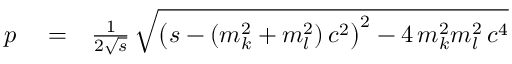
\begin{array} { r l r } { p } & { { } = } & { \frac { 1 } { 2 \sqrt { s } } \, \sqrt { \left( s - ( m _ { k } ^ { 2 } + m _ { l } ^ { 2 } ) \, c ^ { 2 } \right) ^ { 2 } - 4 \, m _ { k } ^ { 2 } m _ { l } ^ { 2 } \, c ^ { 4 } } } \end{array}